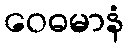
ဝေဓမာနံ